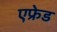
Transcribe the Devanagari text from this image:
एफ्रेड